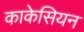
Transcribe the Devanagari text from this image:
काकेसियन